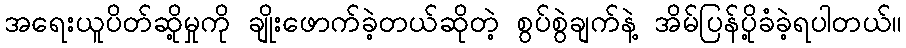
အရေးယူပိတ်ဆို့မှုကို ချိုးဖောက်ခဲ့တယ်ဆိုတဲ့ စွပ်စွဲချက်နဲ့ အိမ်ပြန်ပို့ခံခဲ့ရပါတယ်။